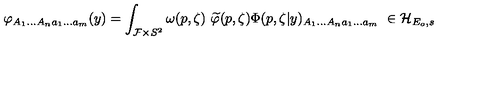
\varphi _ { A _ { 1 } . . . A _ { n } a _ { 1 } . . . a _ { m } } ( y ) = \int _ { { \cal F } \times S ^ { 2 } } \omega ( p , \zeta ) \ \widetilde { \varphi } ( p , \zeta ) \Phi ( p , \zeta | y ) _ { A _ { 1 } . . . A _ { n } a _ { 1 } . . . a _ { m } } \ \in { \cal H } _ { E _ { o } , s }